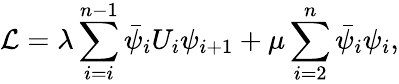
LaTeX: {\cal L}=\lambda\sum_{i=i}^{n-1}\bar{\psi}_{i}U_{i}\psi_{i+1}+\mu\sum_{i=2}^{n}\bar{\psi}_{i}\psi_{i},